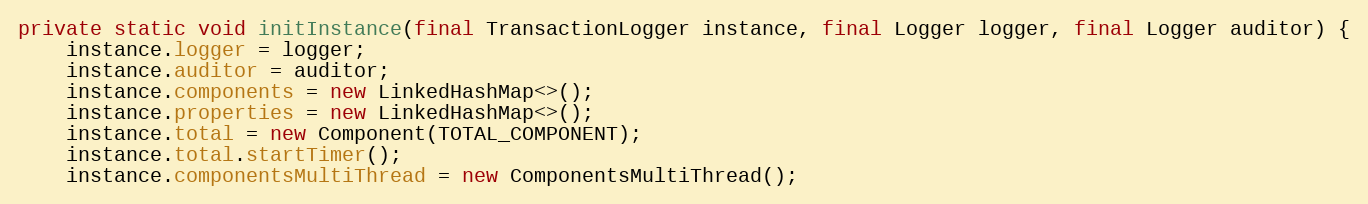
Language: Java
private static void initInstance(final TransactionLogger instance, final Logger logger, final Logger auditor) {
    instance.logger = logger;
    instance.auditor = auditor;
    instance.components = new LinkedHashMap<>();
    instance.properties = new LinkedHashMap<>();
    instance.total = new Component(TOTAL_COMPONENT);
    instance.total.startTimer();
    instance.componentsMultiThread = new ComponentsMultiThread();